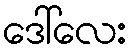
ဒေါ်လေး